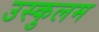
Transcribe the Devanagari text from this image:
उस्कुलम